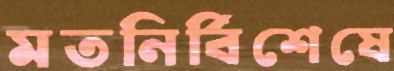
মতনির্বিশেষে